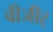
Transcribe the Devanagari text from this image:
वीजीर्